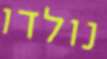
נולדו